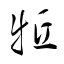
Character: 牴